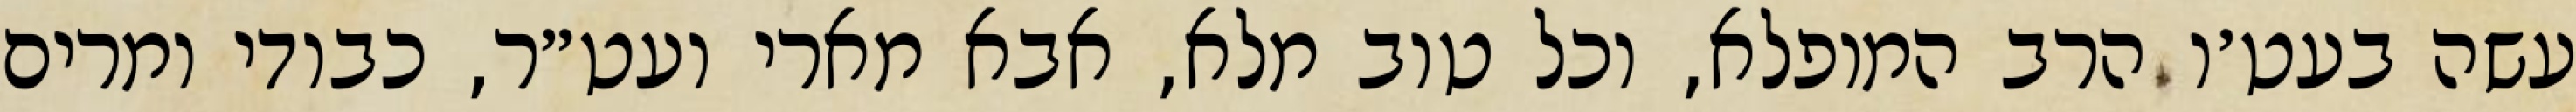
עשה בעט׳ו הרב המופלא, וכל טוב מלא, אבא מארי ועט״ר, כבודי ומרים